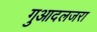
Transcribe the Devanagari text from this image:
गुआदलजरा